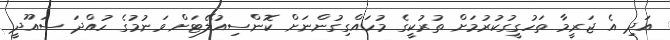
އަދި އެ ޖަރީމާ ތަހުގީގުކުރުމަށް ތުރުކީގެ މުހައްގިގުންނަށް ކޮންސިއުލޭޓަށް ވަނުމުގެ ހުއްދަ ސައޫދީ